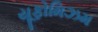
યૂફોમિઝમ